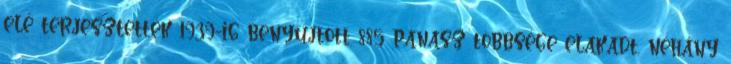
elé terjesztették 1939-ig benyújtott 885 panasz többsége elakadt, néhány